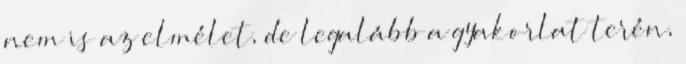
nem is az elmélet, de legalább a gyakorlat terén,